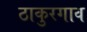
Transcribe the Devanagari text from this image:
ठाकुरगाव